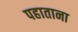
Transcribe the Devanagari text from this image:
पहाताना